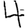
Digit: 4